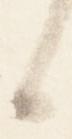
候